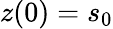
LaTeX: z(0)=s_{0}